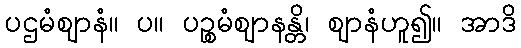
ပဌမံဈာနံ။ ပ။ ပဉ္စမံဈာနန္တိ၊ ဈာနံဟူ၍။ အာဒိ